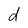
Character: d